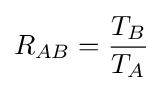
R_{AB}={\frac {T_{B}}{T_{A}}}